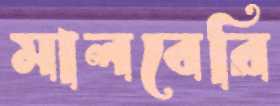
মালবেরি